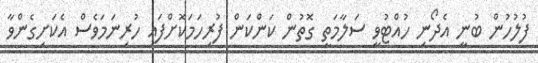
ފުލުހުން ބުނީ އެދޯނި ހުއްޓުވީ ސަލާމަތީ ގޮތުން ކަންކަން ފުރިހަމަކޮށްފައި ހުރިނަމަވެސް އެކަށިގެންވާ